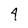
Character: 4